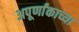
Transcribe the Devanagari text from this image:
अपूर्णांकाच्या